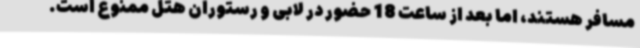
مسافر هستند، اما بعد از ساعت 18 حضور در لابی و رستوران هتل ممنوع است.